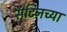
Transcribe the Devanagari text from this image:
सॅटिनच्या